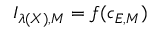
I _ { \lambda ( X ) , M } = f ( c _ { E , M } )